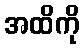
အထိကို